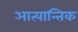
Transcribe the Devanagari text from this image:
आत्यान्तिक